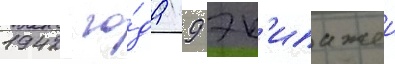
1942 го́да 9 эк'ипажеи